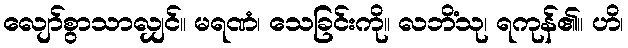
လျော်စွာသာလျှင်။ မရဏံ၊ သေခြင်းကို။ လဘိံသု၊ ရကုန်၏။ ဟိ၊